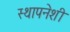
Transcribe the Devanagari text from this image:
स्थापनेशी